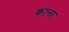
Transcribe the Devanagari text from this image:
कानर